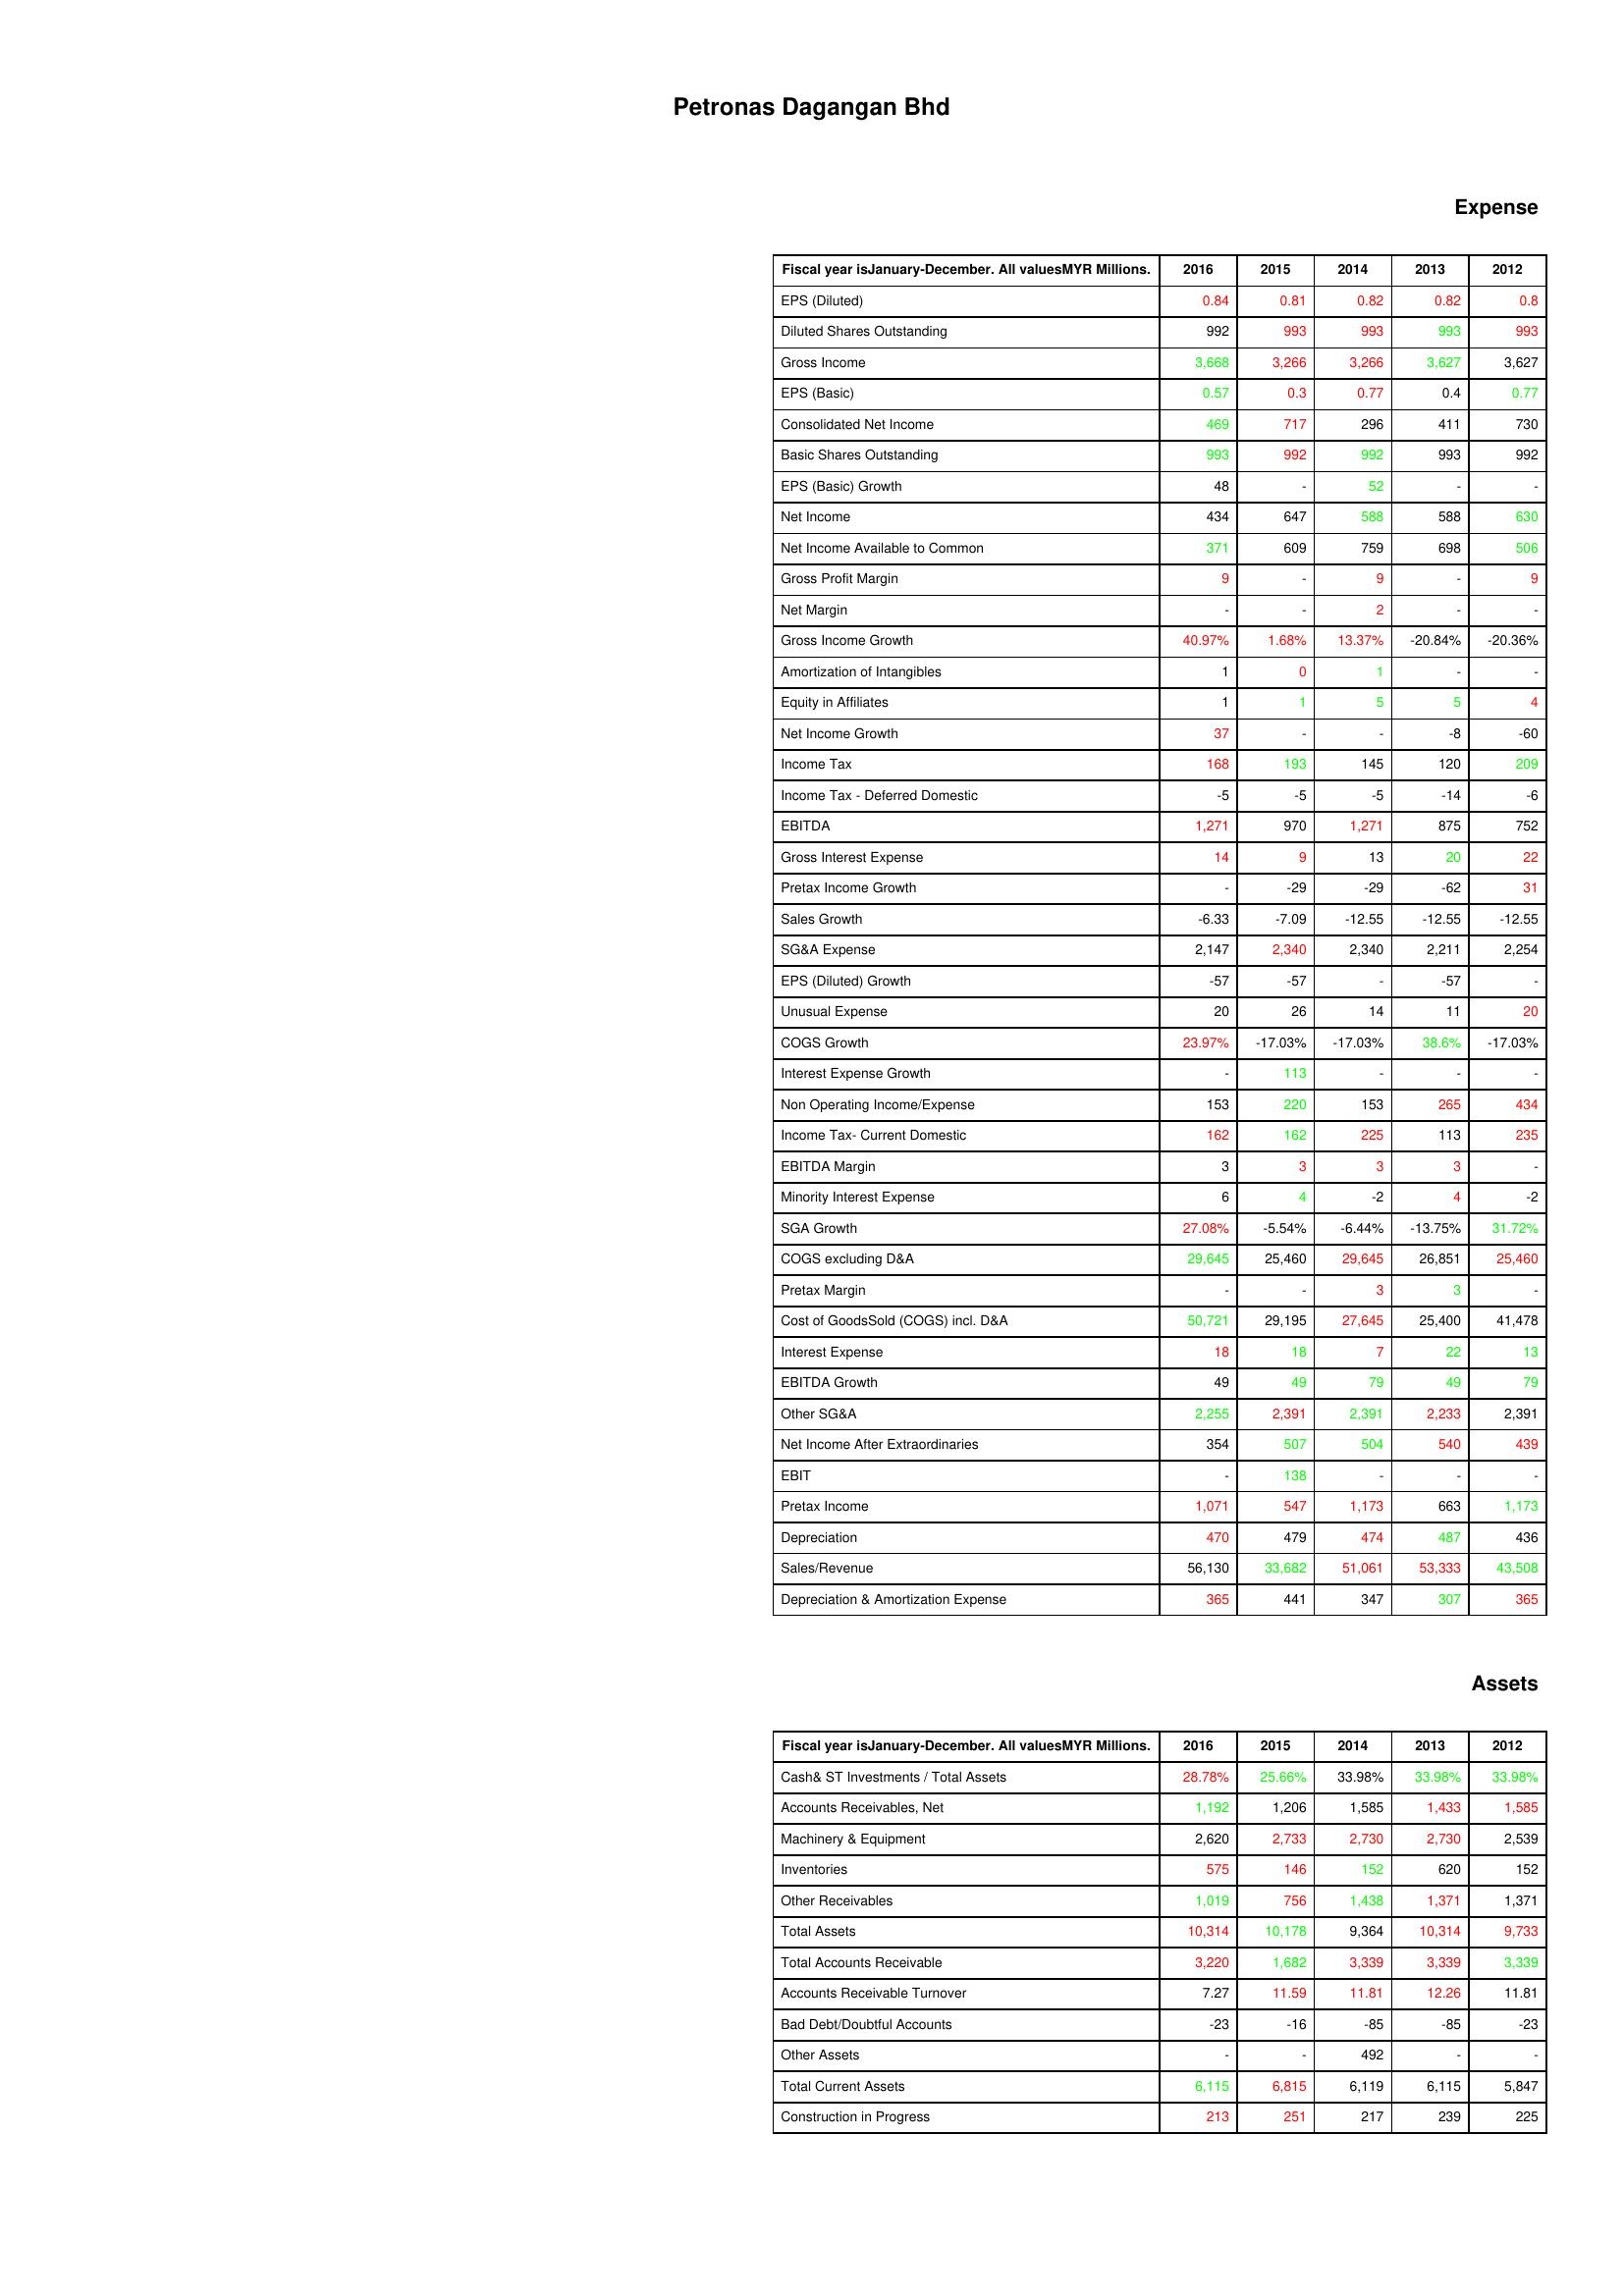
gt_parse: 2016: Expense: EPS (Diluted): 0.84
Diluted Shares Outstanding: 992
Gross Income: 3,668
EPS (Basic): 0.57
Consolidated Net Income: 469
Basic Shares Outstanding: 993
EPS (Basic) Growth: 48
Net Income: 434
Net Income Available to Common: 371
Gross Profit Margin: 9
Net Margin: -
Gross Income Growth: 40.97%
Amortization of Intangibles: 1
Equity in Affiliates: 1
Net Income Growth: 37
Income Tax: 168
Income Tax - Deferred Domestic: -5
EBITDA: 1,271
Gross Interest Expense: 14
Pretax Income Growth: -
Sales Growth: -6.33
SG&A Expense: 2,147
EPS (Diluted) Growth: -57
Unusual Expense: 20
COGS Growth: 23.97%
Interest Expense Growth: -
Non Operating Income/Expense: 153
Income Tax- Current Domestic: 162
EBITDA Margin: 3
Minority Interest Expense: 6
SGA Growth: 27.08%
COGS excluding D&A: 29,645
Pretax Margin: -
Cost of GoodsSold (COGS) incl. D&A: 50,721
Interest Expense: 18
EBITDA Growth: 49
Other SG&A: 2,255
Net Income After Extraordinaries: 354
EBIT: -
Pretax Income: 1,071
Depreciation: 470
Sales/Revenue: 56,130
Depreciation & Amortization Expense: 365
Assets: Cash& ST Investments / Total Assets: 28.78%
Accounts Receivables, Net: 1,192
Machinery & Equipment: 2,620
Inventories: 575
Other Receivables: 1,019
Total Assets: 10,314
Total Accounts Receivable: 3,220
Accounts Receivable Turnover: 7.27
Bad Debt/Doubtful Accounts: -23
Other Assets: -
Total Current Assets: 6,115
Construction in Progress: 213
2015: Expense: EPS (Diluted): 0.81
Diluted Shares Outstanding: 993
Gross Income: 3,266
EPS (Basic): 0.3
Consolidated Net Income: 717
Basic Shares Outstanding: 992
EPS (Basic) Growth: -
Net Income: 647
Net Income Available to Common: 609
Gross Profit Margin: -
Net Margin: -
Gross Income Growth: 1.68%
Amortization of Intangibles: 0
Equity in Affiliates: 1
Net Income Growth: -
Income Tax: 193
Income Tax - Deferred Domestic: -5
EBITDA: 970
Gross Interest Expense: 9
Pretax Income Growth: -29
Sales Growth: -7.09
SG&A Expense: 2,340
EPS (Diluted) Growth: -57
Unusual Expense: 26
COGS Growth: -17.03%
Interest Expense Growth: 113
Non Operating Income/Expense: 220
Income Tax- Current Domestic: 162
EBITDA Margin: 3
Minority Interest Expense: 4
SGA Growth: -5.54%
COGS excluding D&A: 25,460
Pretax Margin: -
Cost of GoodsSold (COGS) incl. D&A: 29,195
Interest Expense: 18
EBITDA Growth: 49
Other SG&A: 2,391
Net Income After Extraordinaries: 507
EBIT: 138
Pretax Income: 547
Depreciation: 479
Sales/Revenue: 33,682
Depreciation & Amortization Expense: 441
Assets: Cash& ST Investments / Total Assets: 25.66%
Accounts Receivables, Net: 1,206
Machinery & Equipment: 2,733
Inventories: 146
Other Receivables: 756
Total Assets: 10,178
Total Accounts Receivable: 1,682
Accounts Receivable Turnover: 11.59
Bad Debt/Doubtful Accounts: -16
Other Assets: -
Total Current Assets: 6,815
Construction in Progress: 251
2014: Expense: EPS (Diluted): 0.82
Diluted Shares Outstanding: 993
Gross Income: 3,266
EPS (Basic): 0.77
Consolidated Net Income: 296
Basic Shares Outstanding: 992
EPS (Basic) Growth: 52
Net Income: 588
Net Income Available to Common: 759
Gross Profit Margin: 9
Net Margin: 2
Gross Income Growth: 13.37%
Amortization of Intangibles: 1
Equity in Affiliates: 5
Net Income Growth: -
Income Tax: 145
Income Tax - Deferred Domestic: -5
EBITDA: 1,271
Gross Interest Expense: 13
Pretax Income Growth: -29
Sales Growth: -12.55
SG&A Expense: 2,340
EPS (Diluted) Growth: -
Unusual Expense: 14
COGS Growth: -17.03%
Interest Expense Growth: -
Non Operating Income/Expense: 153
Income Tax- Current Domestic: 225
EBITDA Margin: 3
Minority Interest Expense: -2
SGA Growth: -6.44%
COGS excluding D&A: 29,645
Pretax Margin: 3
Cost of GoodsSold (COGS) incl. D&A: 27,645
Interest Expense: 7
EBITDA Growth: 79
Other SG&A: 2,391
Net Income After Extraordinaries: 504
EBIT: -
Pretax Income: 1,173
Depreciation: 474
Sales/Revenue: 51,061
Depreciation & Amortization Expense: 347
Assets: Cash& ST Investments / Total Assets: 33.98%
Accounts Receivables, Net: 1,585
Machinery & Equipment: 2,730
Inventories: 152
Other Receivables: 1,438
Total Assets: 9,364
Total Accounts Receivable: 3,339
Accounts Receivable Turnover: 11.81
Bad Debt/Doubtful Accounts: -85
Other Assets: 492
Total Current Assets: 6,119
Construction in Progress: 217
2013: Expense: EPS (Diluted): 0.82
Diluted Shares Outstanding: 993
Gross Income: 3,627
EPS (Basic): 0.4
Consolidated Net Income: 411
Basic Shares Outstanding: 993
EPS (Basic) Growth: -
Net Income: 588
Net Income Available to Common: 698
Gross Profit Margin: -
Net Margin: -
Gross Income Growth: -20.84%
Amortization of Intangibles: -
Equity in Affiliates: 5
Net Income Growth: -8
Income Tax: 120
Income Tax - Deferred Domestic: -14
EBITDA: 875
Gross Interest Expense: 20
Pretax Income Growth: -62
Sales Growth: -12.55
SG&A Expense: 2,211
EPS (Diluted) Growth: -57
Unusual Expense: 11
COGS Growth: 38.6%
Interest Expense Growth: -
Non Operating Income/Expense: 265
Income Tax- Current Domestic: 113
EBITDA Margin: 3
Minority Interest Expense: 4
SGA Growth: -13.75%
COGS excluding D&A: 26,851
Pretax Margin: 3
Cost of GoodsSold (COGS) incl. D&A: 25,400
Interest Expense: 22
EBITDA Growth: 49
Other SG&A: 2,233
Net Income After Extraordinaries: 540
EBIT: -
Pretax Income: 663
Depreciation: 487
Sales/Revenue: 53,333
Depreciation & Amortization Expense: 307
Assets: Cash& ST Investments / Total Assets: 33.98%
Accounts Receivables, Net: 1,433
Machinery & Equipment: 2,730
Inventories: 620
Other Receivables: 1,371
Total Assets: 10,314
Total Accounts Receivable: 3,339
Accounts Receivable Turnover: 12.26
Bad Debt/Doubtful Accounts: -85
Other Assets: -
Total Current Assets: 6,115
Construction in Progress: 239
2012: Expense: EPS (Diluted): 0.8
Diluted Shares Outstanding: 993
Gross Income: 3,627
EPS (Basic): 0.77
Consolidated Net Income: 730
Basic Shares Outstanding: 992
EPS (Basic) Growth: -
Net Income: 630
Net Income Available to Common: 506
Gross Profit Margin: 9
Net Margin: -
Gross Income Growth: -20.36%
Amortization of Intangibles: -
Equity in Affiliates: 4
Net Income Growth: -60
Income Tax: 209
Income Tax - Deferred Domestic: -6
EBITDA: 752
Gross Interest Expense: 22
Pretax Income Growth: 31
Sales Growth: -12.55
SG&A Expense: 2,254
EPS (Diluted) Growth: -
Unusual Expense: 20
COGS Growth: -17.03%
Interest Expense Growth: -
Non Operating Income/Expense: 434
Income Tax- Current Domestic: 235
EBITDA Margin: -
Minority Interest Expense: -2
SGA Growth: 31.72%
COGS excluding D&A: 25,460
Pretax Margin: -
Cost of GoodsSold (COGS) incl. D&A: 41,478
Interest Expense: 13
EBITDA Growth: 79
Other SG&A: 2,391
Net Income After Extraordinaries: 439
EBIT: -
Pretax Income: 1,173
Depreciation: 436
Sales/Revenue: 43,508
Depreciation & Amortization Expense: 365
Assets: Cash& ST Investments / Total Assets: 33.98%
Accounts Receivables, Net: 1,585
Machinery & Equipment: 2,539
Inventories: 152
Other Receivables: 1,371
Total Assets: 9,733
Total Accounts Receivable: 3,339
Accounts Receivable Turnover: 11.81
Bad Debt/Doubtful Accounts: -23
Other Assets: -
Total Current Assets: 5,847
Construction in Progress: 225